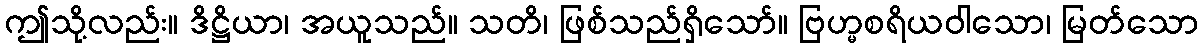
ဤသို့လည်း။ ဒိဋ္ဌိယာ၊ အယူသည်။ သတိ၊ ဖြစ်သည်ရှိသော်။ ဗြဟ္မစရိယဝါသော၊ မြတ်သော